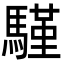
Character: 𩥕